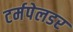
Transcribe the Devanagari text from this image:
टर्मपेलडर